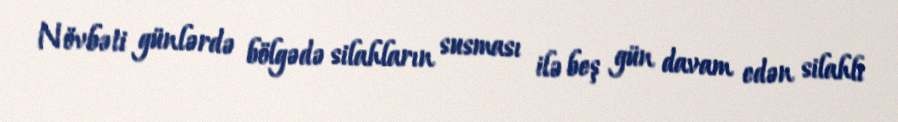
Növbəti günlərdə bölgədə silahların susması ilə beş gün davam edən silahlı